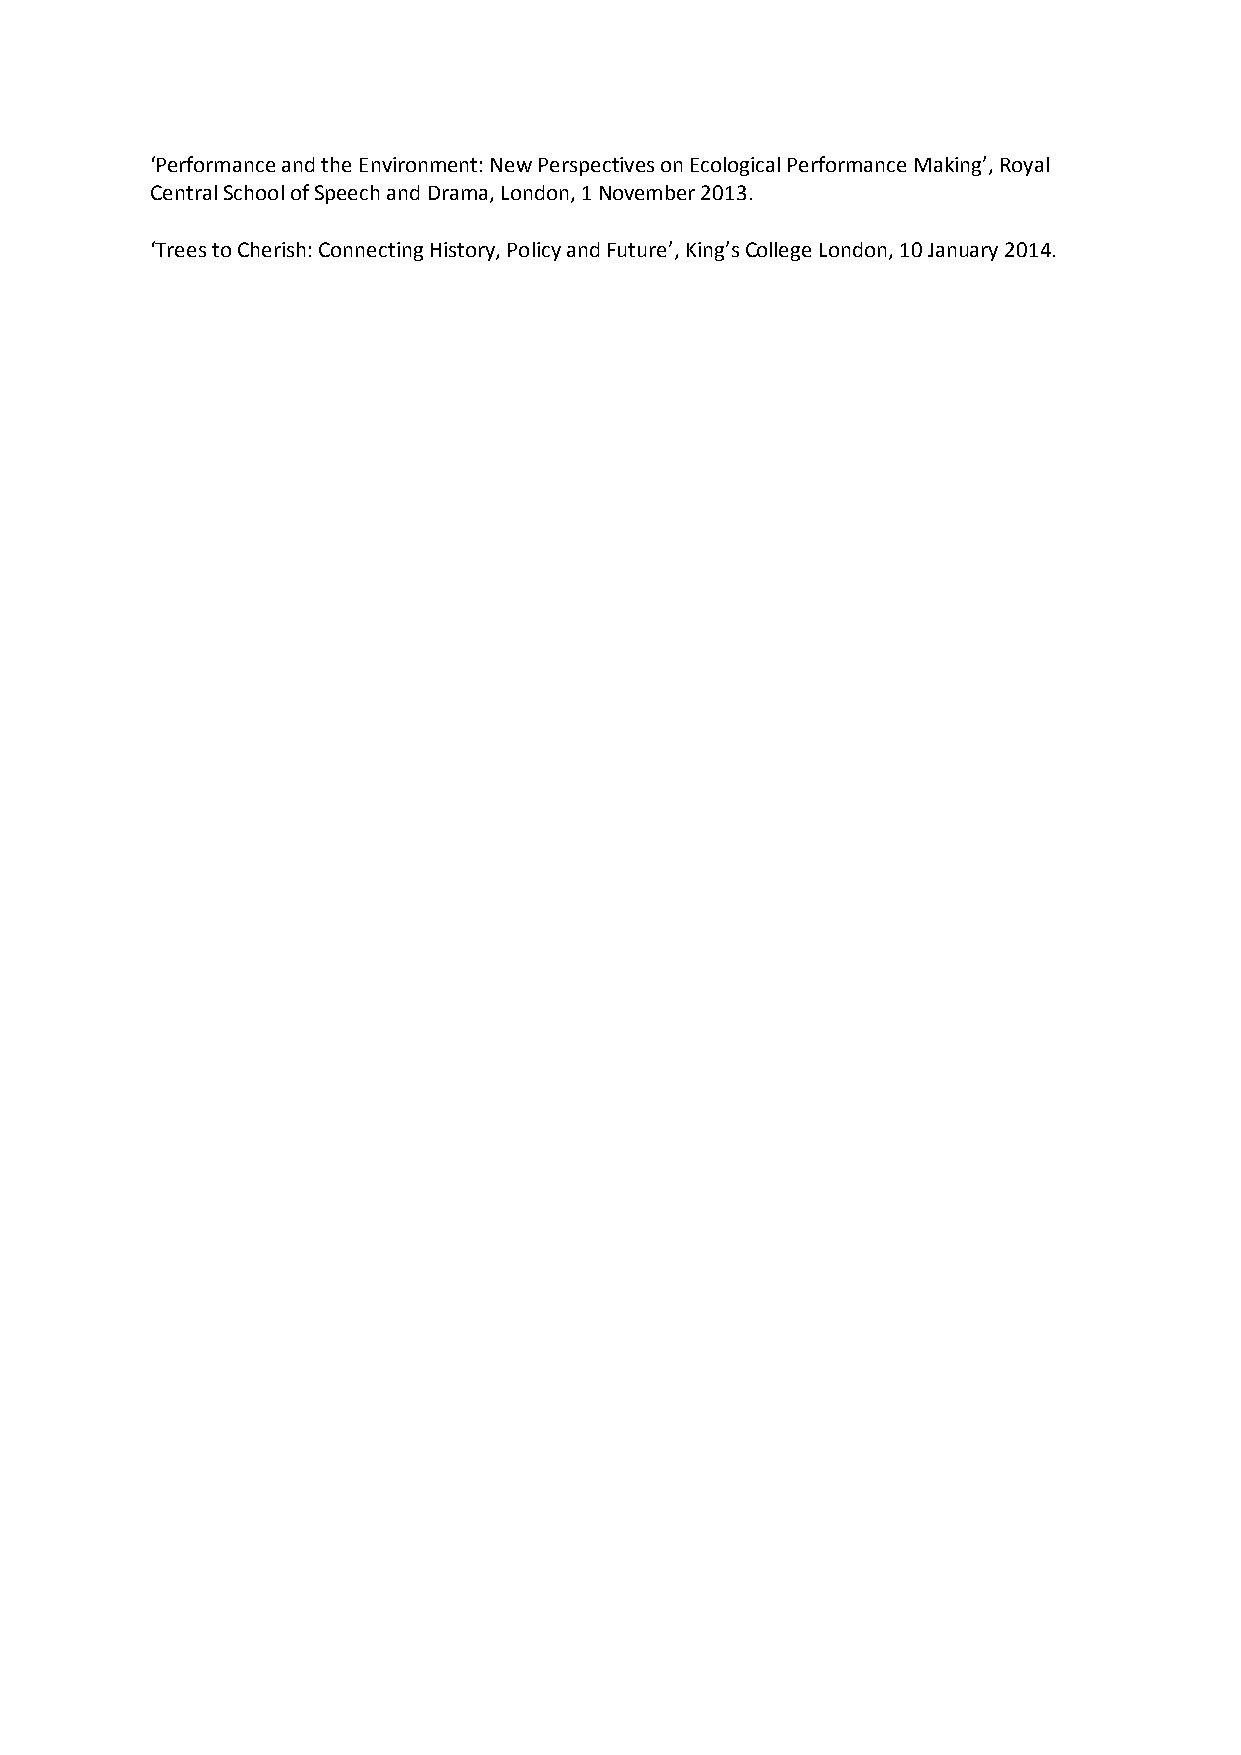
‘Performance and the Environment: New Perspectives on Ecological Performance Making’, Royal
 Central School of Speech and Drama, London, 1 November 2013.
 ‘Trees to Cherish: Connecting History, Policy and Future’, King’s College London, 10 January 2014.